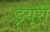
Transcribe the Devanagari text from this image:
ड्रयूरी